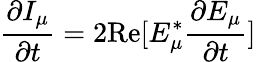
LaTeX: \frac{\partial I_{\mu}}{\partial t}=2\textrm{Re}[E_{\mu}^{*}\frac{\partial E_{\mu}}{\partial t}]